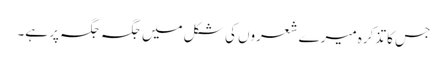
جس کا تذکرہ میرے شعروں کی شکل میں جگہ جگہ پر ہے۔